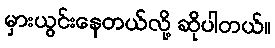
မှားယွင်းနေတယ်လို့ ဆိုပါတယ်။